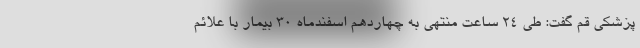
پزشکی قم گفت: طی ۲۴ ساعت منتهی به چهاردهم اسفندماه ۳۰ بیمار با علائم